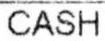
CASH